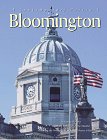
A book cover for Bloomington: A Contemporary Portrait; George Vlahakis; Travel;